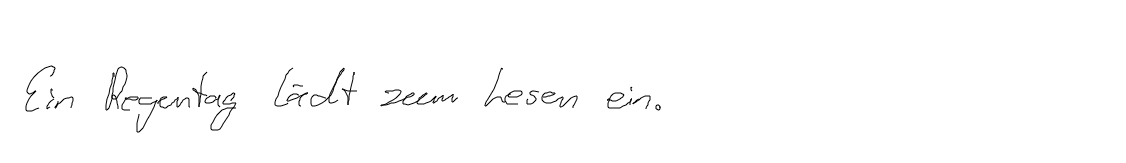
Ein Regentag lädt zum Lesen ein.